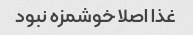
غذا اصلا خوشمزه نبود